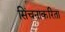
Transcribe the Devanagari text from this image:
सिंचनाकरिता